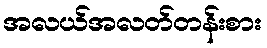
အလယ်အလတ်တန်းစား